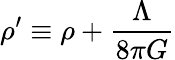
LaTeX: \rho^{\prime}\equiv\rho+{\frac{\Lambda}{8\pi G}}